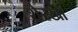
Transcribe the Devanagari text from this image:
शेरखां